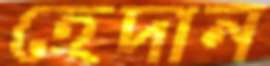
হেদান